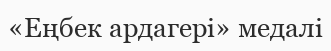
«Еңбек ардагері» медалі